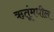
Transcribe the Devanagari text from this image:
ऋतूंमधील